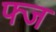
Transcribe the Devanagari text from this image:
फ्ज